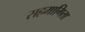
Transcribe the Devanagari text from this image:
सहमागिता